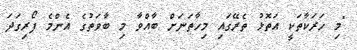
"މި ހަރަކާތަކީ އަތޮޅު ތެރޭގައި މިހާތަނަށް ބާއްވާ މި ބާވަތުގެ އެންމެ ފޯރިގަދަ